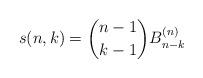
LaTeX: \begin{align*}s(n,k) = \binom{n-1}{k-1}B_{n-k}^{(n)} \end{align*}